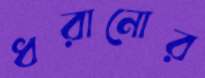
ধরানোর